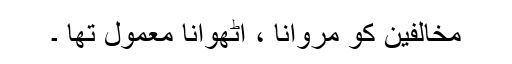
مخالفین کو مروانا ، اٹھوانا معمول تھا ۔